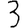
Digit: 3